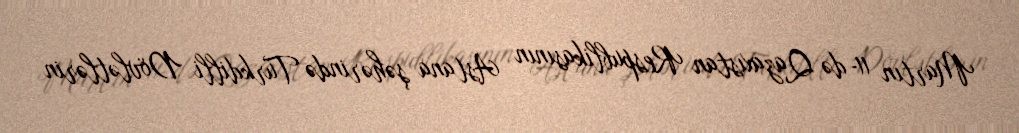
Martın 11-də Qazaxıstan Respublikasının Astana şəhərində Türkdilli Dövlətlərin